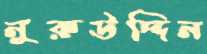
নুরুউদ্দিন